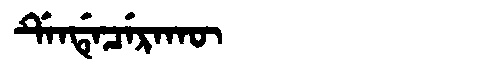
Manchu: ᡩᡝᠨᡩᡝᠴᡝᡵᠠᡴᡡ
Romanization: DENDECERAKŪ